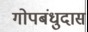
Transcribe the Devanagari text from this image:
गोपबंधुदास